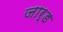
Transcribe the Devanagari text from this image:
जार्ड